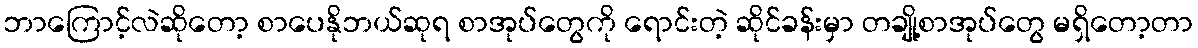
ဘာကြောင့်လဲဆိုတော့ စာပေနိုဘယ်ဆုရ စာအုပ်တွေကို ရောင်းတဲ့ ဆိုင်ခန်းမှာ တချို့စာအုပ်တွေ မရှိတော့တာ